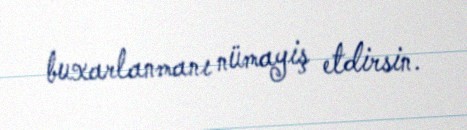
buxarlanmanı nümayiş etdirsin.